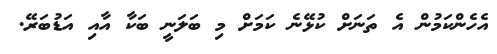
އެހެންކަމުން އެ ތަނަށް ކުޅޭނެ ކަމަށް މި ބަލަނީ ބަކާ އާއި އަޑުބަރޭ.